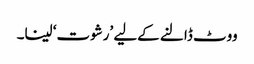
ووٹ ڈالنے کےلیے ’رشوت‘ لینا۔